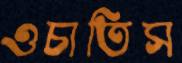
ওচাতিস